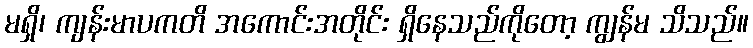
မရှိ၊ ကျန်းမာပကတိ အကောင်းအတိုင်း ရှိနေသည်ကိုတော့ ကျွန်မ သိသည်။